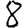
Digit: 8